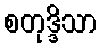
စတုဒ္ဒိသာ